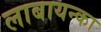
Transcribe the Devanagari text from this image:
लाबायन्का